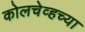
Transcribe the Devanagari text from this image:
कोलचेव्हच्या